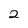
Character: 2